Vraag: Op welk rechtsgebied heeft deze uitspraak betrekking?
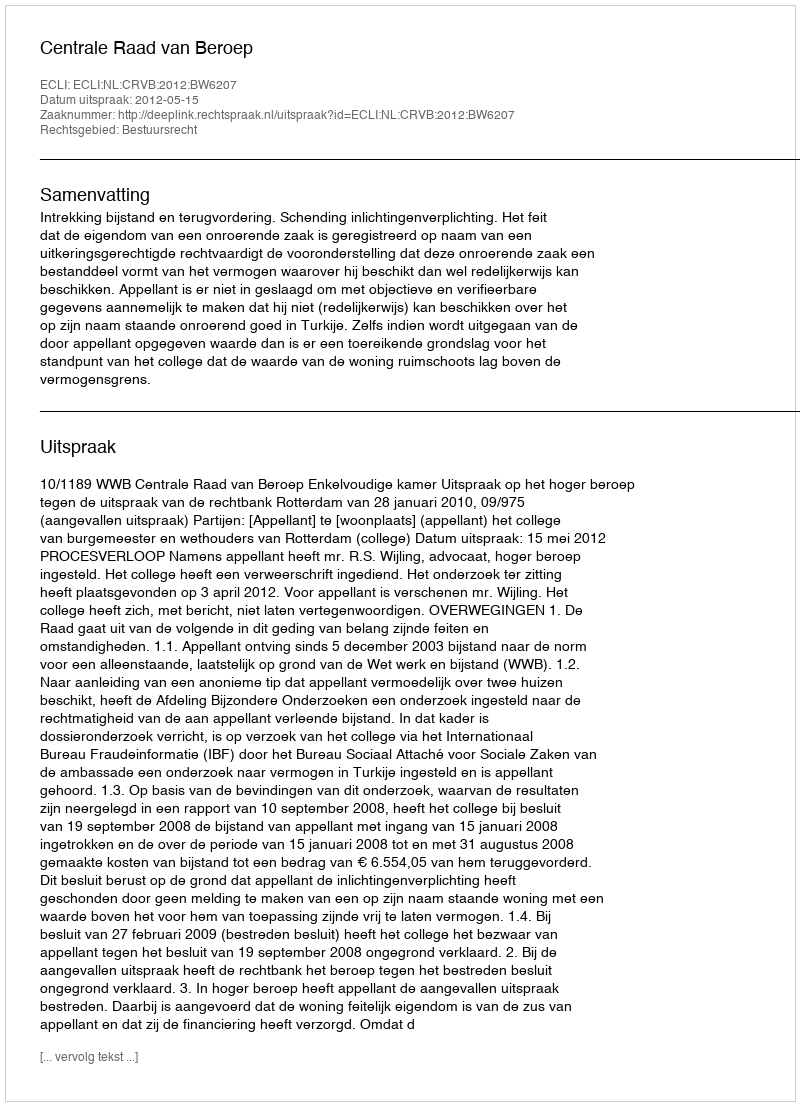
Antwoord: Bestuursrecht